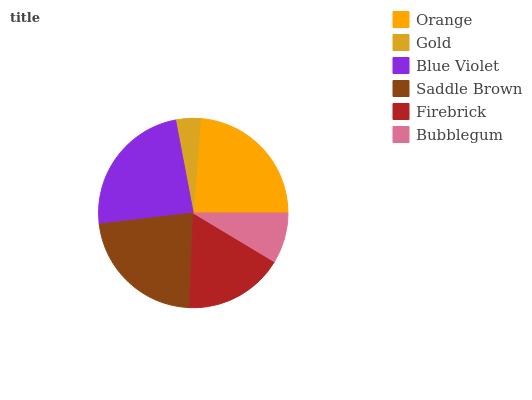
| Orange | Gold | Blue Violet | Saddle Brown | Firebrick | Bubblegum |
 | --- | --- | --- | --- | --- | --- |
 | 23.7% | 4.25% | 23.9% | 22.5% | 17% | 8.62% |